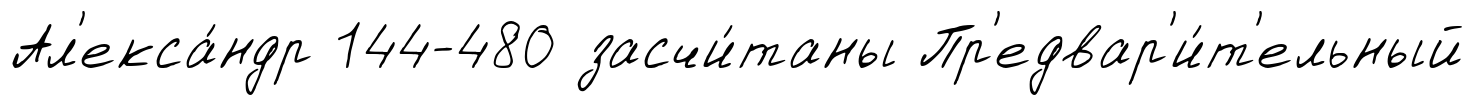
Ал'екса́ндр 144-480 засчи́таны Пр'едвар'и́т'ельный